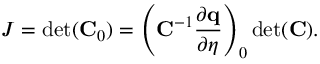
J = \operatorname* { d e t } ( \mathbf { C } _ { 0 } ) = \left( \mathbf { C } ^ { - 1 } \frac { \partial \mathbf { q } } { \partial \eta } \right) _ { 0 } \operatorname* { d e t } ( \mathbf { C } ) .